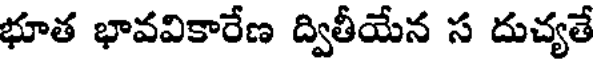
భూత భావవికారేణ ద్వితీయేన స దుచ్యతే